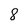
Character: 8